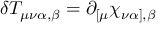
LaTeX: \delta T _ { \mu \nu \alpha , \beta } = \partial _ { [ \mu } \chi _ { \nu \alpha ] , \beta }